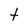
Character: t